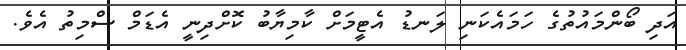
އަދި ބޯންމައުތުގެ ހަމައެކަނި ލަނޑު އެޓީމަށް ކާމިޔާބު ކޮށްދިނީ އެޑަމް ސްމިތު އެވެ.